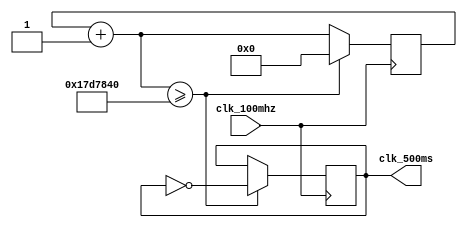
module clk_500ms(
    clk_100mhz,
    clk_500ms
);
    input wire clk_100mhz;
    output reg clk_500ms;

    reg [27:0]counter;

    initial begin
        counter = 0;
        clk_500ms = 0;
    end

    always @(posedge clk_100mhz) begin
        counter = counter + 1;
        if (counter >= 25000000) begin
            clk_500ms = ~clk_500ms;
            counter = 0;
        end
    end

endmodule